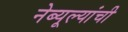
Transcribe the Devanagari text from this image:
नेब्यूल्यांची